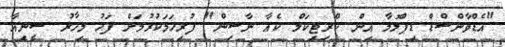
"އެޑްވާންސްޑް ޑިޕްލޮމާ އިން ކްރިޓިކަލް ކެއާ ނާސިން" ފުރިހަމަކުރުމަށް ފަހު މިހާރު ސީނިއާ